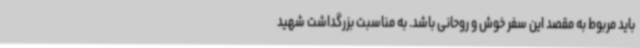
باید مربوط به مقصد این سفر خوش و روحانی باشد. به مناسبت بزرگداشت شهید